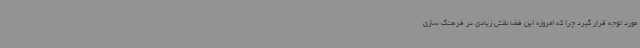
مورد توجه قرار گیرد چرا که امروزه این فضا نقش زیادی در فرهنگ سازی